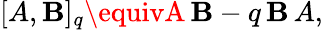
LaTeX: [A,\mathbf{B}]_{q}\equivA\, \mathbf{B}-q\, \mathbf{B}\, A,